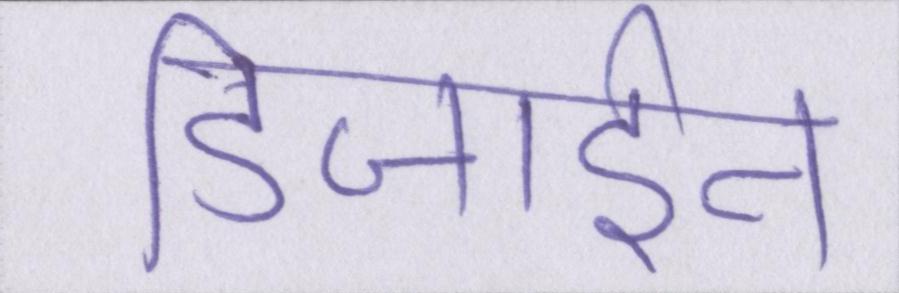
डिजाईन